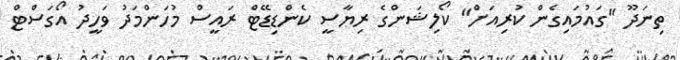
ތިނަދޫ "ގައުމައިގެން ކުރިއަށް" ކޯލިޝަންގެ ރިޔާސީ ކެންޑިޑޭޓް ރައީސް މުހަންމަދު ވަހީދު އޯގަސްޓް